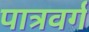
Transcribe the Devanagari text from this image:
पात्रवर्ग